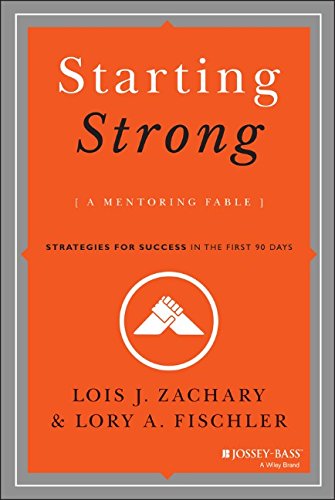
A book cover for Starting Strong: A Mentoring Fable; Lois J. Zachary; Business & Money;